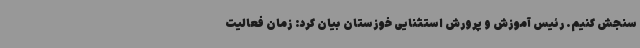
سنجش کنیم. رئیس آموزش و پرورش استثنایی خوزستان بیان کرد: زمان فعالیت